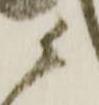
ニ